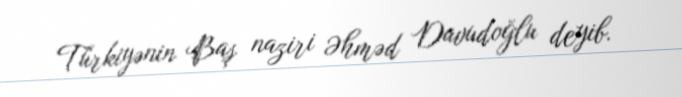
Türkiyənin Baş naziri Əhməd Davudoğlu deyib.